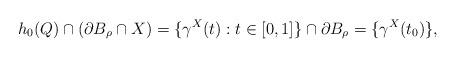
LaTeX: \begin{align*}h_0(Q)\cap(\partial B_\rho \cap X) = \{\gamma^X(t): t \in [0,1]\}\cap \partial B_\rho = \{\gamma^X(t_0)\},\end{align*}